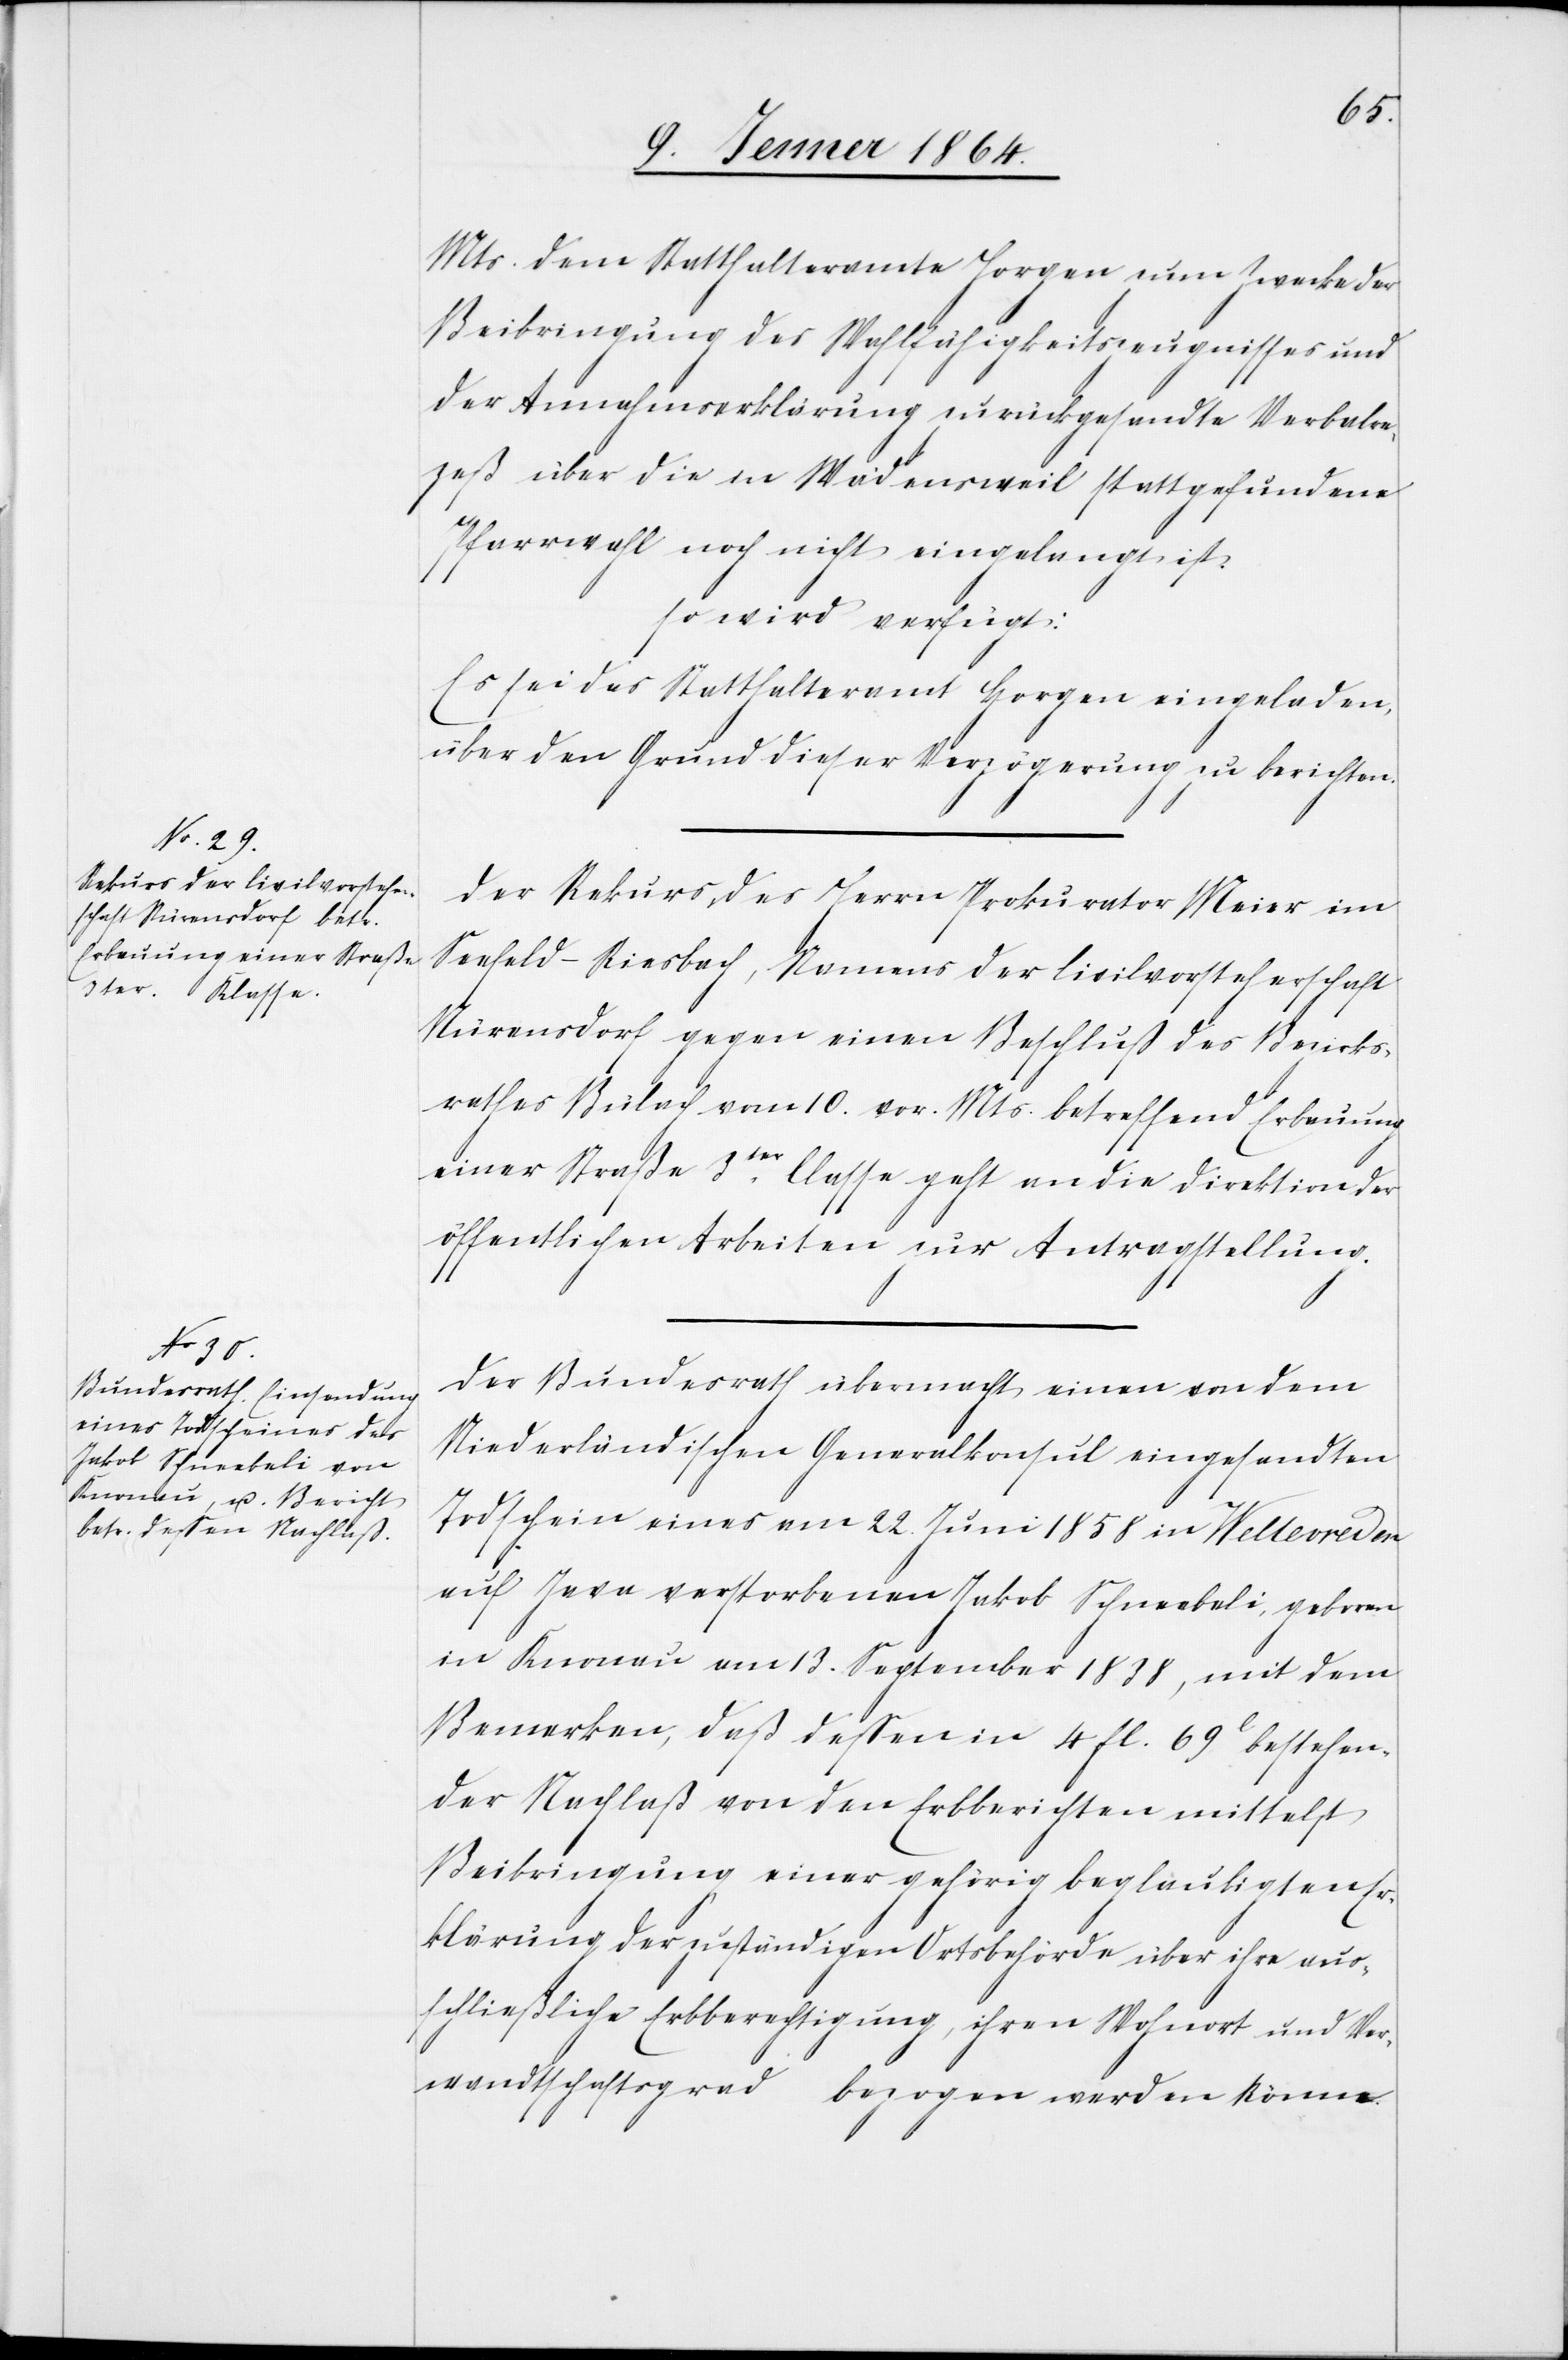
11. Jenner 1864.]
Mts. dem Statthalteramte Horgen zum Zwecke der
Beibringung des Wahlfähigkeitszeugnisses und
der Annahmserklärung zurückgesandte Verbalre¬
zeß über die in Wädensweil stattgefundene
Pfarrwahl noch nicht eingelangt ist.
So wird verfügt:
Es sei das Statthalteramt Horgen eingeladen,
über den Grund dieser Verzögerung zu berichten.
Der Rekurs des Herrn Prokurator Meier im
Seefeld-Riesbach, Namens der Civilvorsteherschaft
Nürensdorf gegen einen Beschluß des Bezirks¬
rathes Bülach vom 10. vor. Mts. betreffend Erbauung
einer Straße 3ter Classe geht an die Direktion der
öffentlichen Arbeiten zur Antragstellung.
Der Bundesrath übermacht einen von dem
Niederländischen Generalkonsul eingesandten
Todschein eines am 22. Juni 1858 in Weltevreden
auf Java verstorbenen Jakob Schneebeli, geboren
in Knonau am 13. September 1838, mit dem
Bemerken, daß dessen in 4 fl. 69l bestehen¬
der Nachlaß von den Erbberichten mittelst
Beibringung einer gehörig beglaubigten Er¬
klärung der zuständigen Ortsbehörde über ihre aus¬
schließliche Erbberechtigung, ihren Wohnort und Ver¬
wandtschaftsgrad bezogen werden könne.